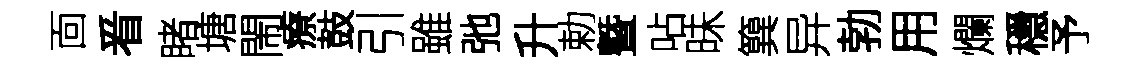
靣㸔睹塘閙療鼓引雖弛升勅曁呫昧簨异勃用爛穩予